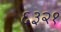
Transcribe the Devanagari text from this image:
६३२१